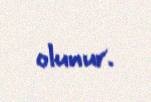
olunur.